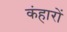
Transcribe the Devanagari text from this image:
कंहारों